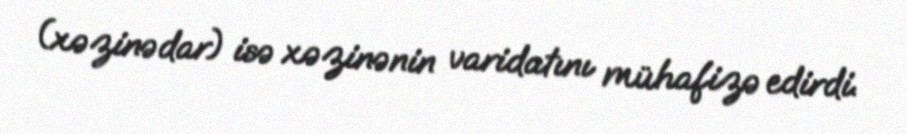
(xəzinədar) isə xəzinənin varidatını mühafizə edirdi.